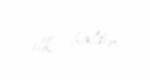
ilk haldır.